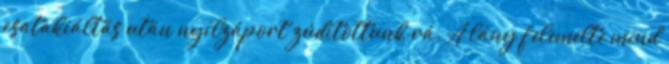
csatakiáltás után nyílzáport zúdítottunk rá. A lány felemelte mind